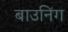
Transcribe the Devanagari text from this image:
बाउनिंग